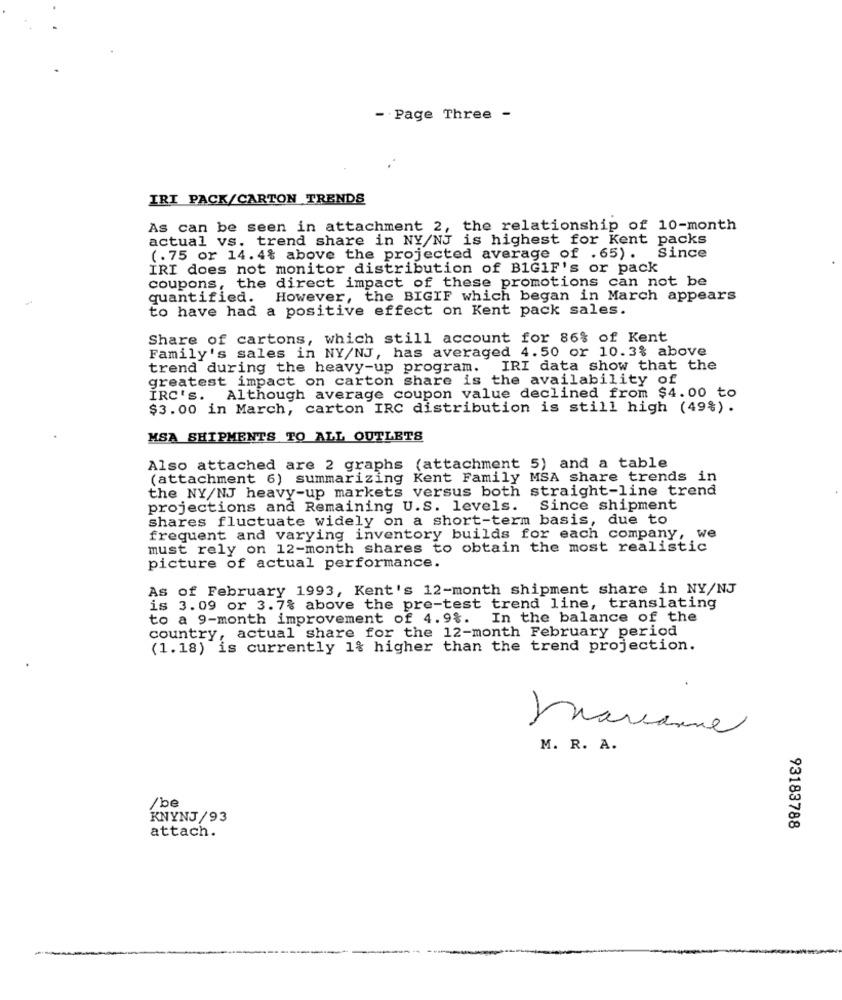
- Page Three -
IRT PACK/CARTON TRENDS
As can be seen in attachment 2, the relationship of 10-month
actual vs. trend share in NY/NJ is highest for Kent packs
(.75 or 14.4% above the projected average of .65). Since
IRI does not monitor distribution of B1G1F's or pack
coupons, the direct impact of these promotions can not be
quantified. However, the BIGIF which began in March appears
to have had a positive effect on Kent pack sales.
Share of cartons, which still account for 86% of Kent
Family's sales in NY/NJ, has averaged 4.50 or 10.3% above
trend during the heavy-up program. IRI data show that the
greatest impact on carton share is the availability of
IRC's. Although average coupon value declined from $4.00 to
$3.00 in March, carton IRC distribution is still high (49%).
MSA SHIPMENTS TO ALL OUTLETS
Also attached are 2 graphs (attachment 5) and a table
(attachment 6) summarizing Kent Family MSA share trends in
the NY/NJ heavy-up markets versus both straight-line trend
projections and Remaining U.S. levels.
Since shipment
shares fluctuate widely on a short-term basis, due to
frequent and varying inventory builds for each company, we
must rely on 12-month shares to obtain the most realistic
picture of actual performance.
As of February 1993, Kent's 12-month shipment share in NY/NJ
is 3.09 or 3.7% above the pre-test trend line, translating
to a 9-month improvement of 4.9%. In the balance of the
country, actual share for the 12-month February period
(1.18) is currently 1% higher than the trend projection.
marianne
M. R. A.
/be
KNYNJ/93
93183788
attach.